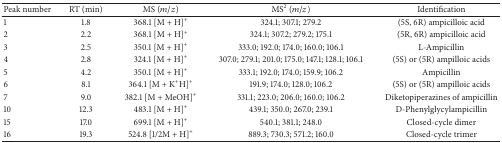
<table><thead><tr><td><b>Peak number</b></td><td><b>RT (min)</b></td><td><b>MS (<i>m</i>/<i>z</i>)</b></td><td><b>MS<sup>2</sup> (<i>m</i>/<i>z</i>)</b></td><td><b>Identification</b></td></tr></thead><tbody><tr><td>1</td><td>1.8</td><td>368.1 [M + H]<sup>+</sup></td><td>324.1; 307.1; 279.2</td><td>(5S, 6R) ampicilloic acid</td></tr><tr><td>2</td><td>2.2</td><td>368.1 [M + H]<sup>+</sup></td><td>324.1; 307.2; 279.2; 175.1</td><td>(5R, 6R) ampicilloic acid</td></tr><tr><td>3</td><td>2.5</td><td>350.1 [M + H]<sup>+</sup></td><td>333.0; 192.0; 174.0; 160.0; 106.1</td><td>L-Ampicillin</td></tr><tr><td>4</td><td>2.8</td><td>324.1 [M + H]<sup>+</sup></td><td>307.0; 279.1; 201.0; 175.0; 147.1; 128.1; 106.1</td><td>(5S) or (5R) ampilloic acids </td></tr><tr><td>5</td><td>4.2</td><td>350.1 [M + H]<sup>+</sup></td><td>333.1; 192.0; 174.0; 159.9; 106.2</td><td>Ampicillin</td></tr><tr><td>6</td><td>8.1</td><td>364.1 [M + K<sup>+</sup>H]<sup>+</sup></td><td>191.9; 174.0; 128.0; 106.2</td><td>(5S) or (5R) ampilloic acids </td></tr><tr><td>7</td><td>9.0</td><td>382.1 [M + MeOH]<sup>+</sup></td><td>331.1; 223.0; 206.0; 160.0; 106.2</td><td>Diketopiperazines of ampicillin</td></tr><tr><td>10</td><td>12.3</td><td>483.1 [M + H]<sup>+</sup></td><td>439.1; 350.0; 267.0; 239.1</td><td>D-Phenylglycylampicillin</td></tr><tr><td>15</td><td>17.0</td><td>699.1 [M + H]<sup>+</sup></td><td>540.1; 381.1; 248.0</td><td>Closed-cycle dimer</td></tr><tr><td>16</td><td>19.3</td><td>524.8 [1/2M + H]<sup>+</sup></td><td>889.3; 730.3; 571.2; 160.0</td><td>Closed-cycle trimer</td></tr></tbody></table>